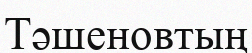
Тәшеновтың